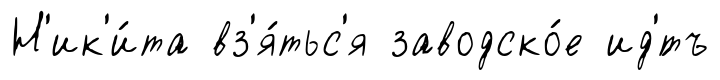
Н'ик'и́та вз'я́тьс'я заводско́е ид'́тъ